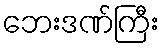
ဘေးဒဏ်ကြီး